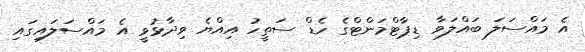
އެ މައްސަލަ ބައްލަވާ ޑިޕާޓްމަންޓްގެ ހެޑް ސަތީހު އިއްޔެ ވިދާޅުވީ އެ މައްސަލައިގައި